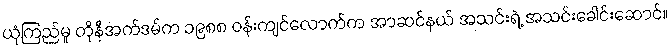
ယုံကြည်မှု တိုနီအက်ဒမ်က ၁၉၈၈ ဝန်းကျင်လောက်က အာဆင်နယ် အသင်းရဲ့ အသင်းခေါင်းဆောင်။